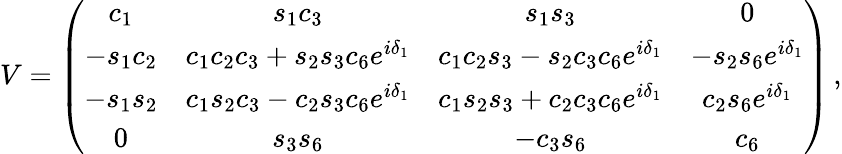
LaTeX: V=\left(\begin{array}{cccc}{{c_{1}}}&{{s_{1}c_{3}}}&{{s_{1}s_{3}}}&{{0}}\\ {{-s_{1}c_{2}}}&{{c_{1}c_{2}c_{3}+s_{2}s_{3}c_{6}e^{i\delta_{1}}}}&{{c_{1}c_{2}s_{3}-s_{2}c_{3}c_{6}e^{i\delta_{1}}}}&{{-s_{2}s_{6}e^{i\delta_{1}}}}\\ {{-s_{1}s_{2}}}&{{c_{1}s_{2}c_{3}-c_{2}s_{3}c_{6}e^{i\delta_{1}}}}&{{c_{1}s_{2}s_{3}+c_{2}c_{3}c_{6}e^{i\delta_{1}}}}&{{c_{2}s_{6}e^{i\delta_{1}}}}\\ {{0}}&{{s_{3}s_{6}}}&{{-c_{3}s_{6}}}&{{c_{6}}}\end{array}\right)\, ,